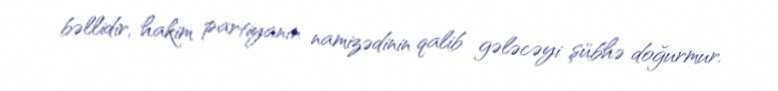
bəllidir, hakim partiyanın namizədinin qalib gələcəyi şübhə doğurmur.